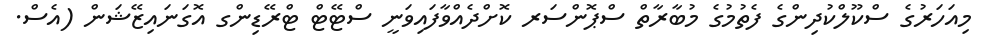
މިއަހަރުގެ ސްކޫލްކުދިންގެ ފެތުމުގެ މުބާރާތް ސްޕޮންސަރ ކޮށްދެއްވާފައިވަނީ ސްޓޭޓް ޓްރޭޑިންގ އޮގަނައިޒޭޝަން (އެސް.